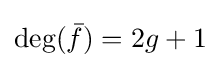
\deg({\bar {f}})=2g+1